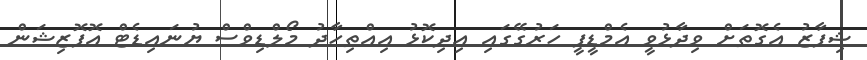
ޝިފާޒު އެގޮތަށް ވިދާޅުވީ އެމްޑީޕީ ހަރުގޭގައި އިދިކޮޅު އިއްތިހާދު މޯލްޑިވްސް ޔުނައިޑެޓް އޮޕޮޒިޝަން